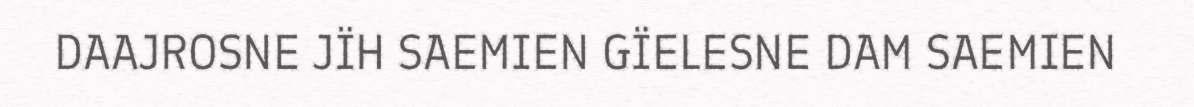
DAAJROSNE JÏH SAEMIEN GÏELESNE DAM SAEMIEN